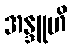
အန္ဒူဟိ